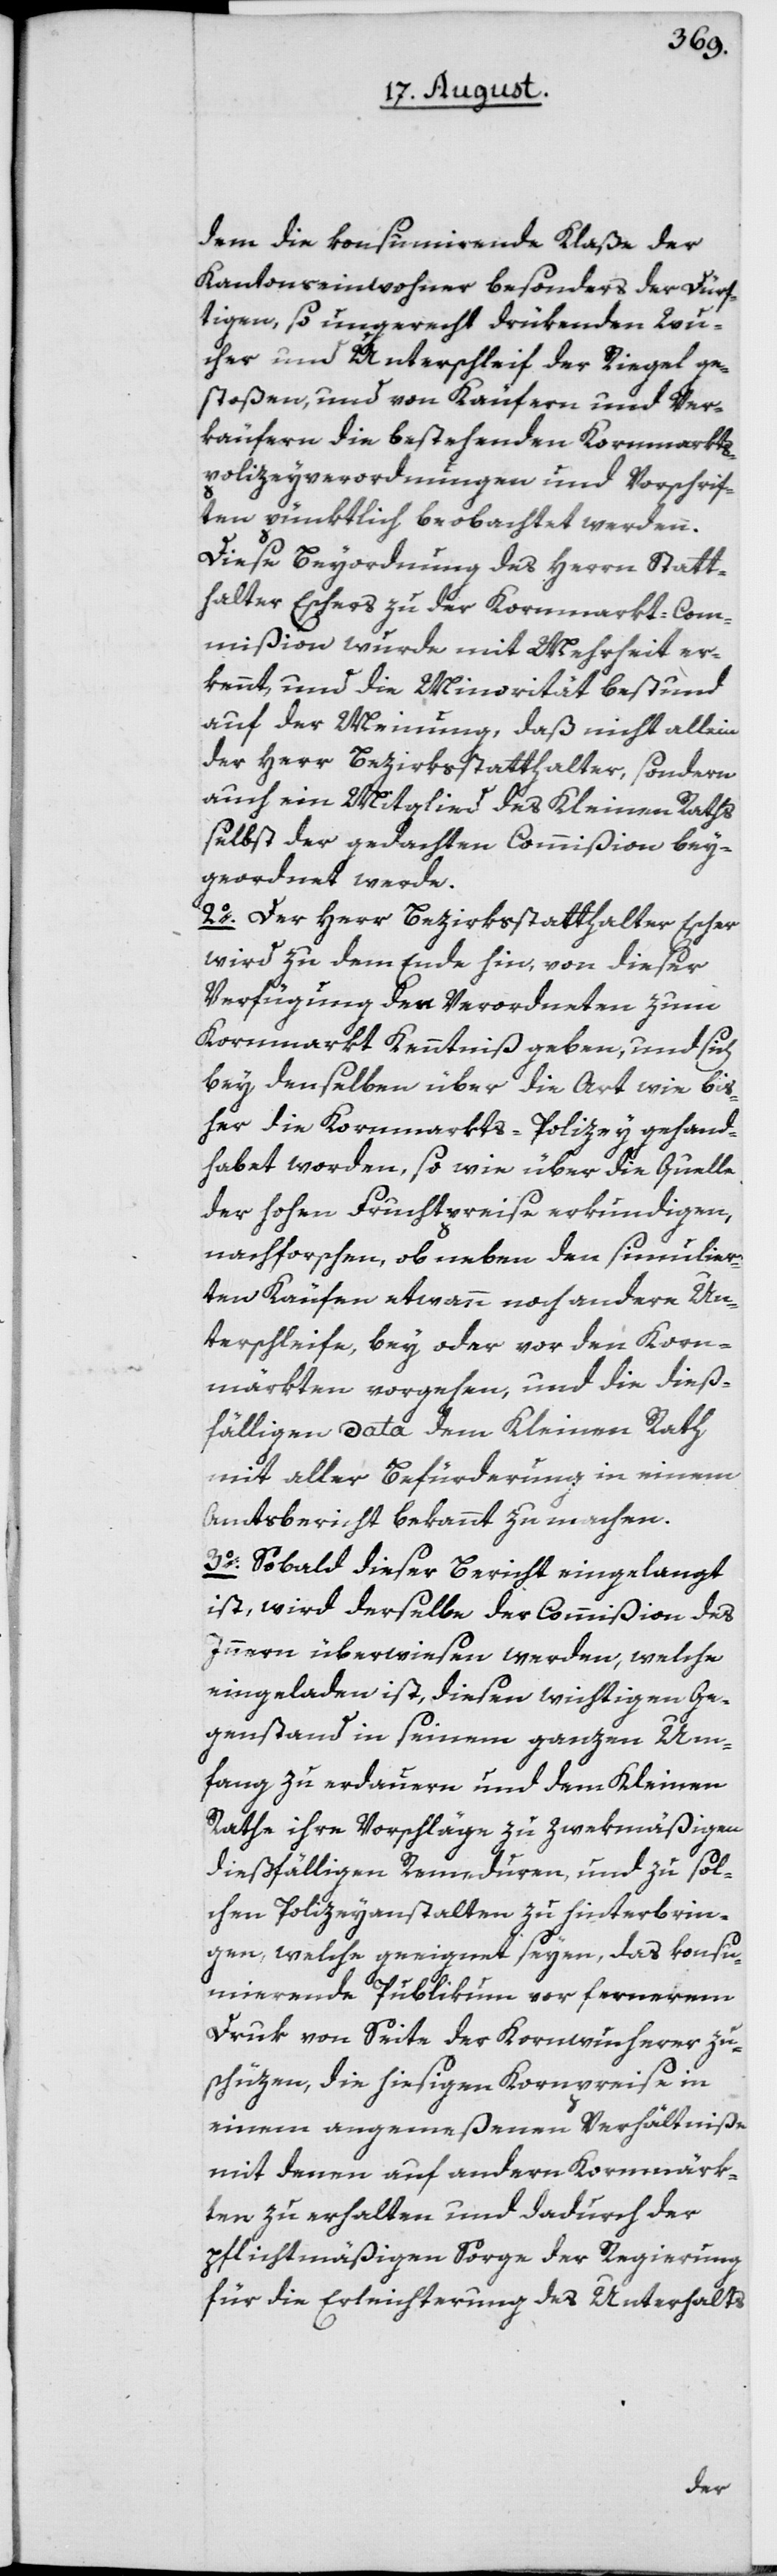
dem die konsumierende Klaße der
Kantonseinwohner besonders der Dürf¬
tigen, so ungerecht drükenden Wu¬
cher und Unterschleif der Riegel ge¬
stoßen, und von Käufern und Ver¬
käufern die bestehenden Kornmarkts¬
polizeyverordnungen und Vorschrif¬
ten pünktlich beobachtet werden.
Diese Beyordnung des Herrn Statt¬
halter Eschers zu der Kornmarkt-Com¬
mißion wurde mit Mehrheit er¬
kennt, und die Minorität bestund
auf der Meinung, daß nicht allein
der Herr Bezirksstatthalter, sondern
auch ein Mitglied des Kleinen Raths
selbst der gedachten Commißion bey¬
geordnet werde.
2o. Der Herr Bezirksstatthalter Escher
wird zu dem Ende hin, von dieser
Verfügung den Verordneten zum
Kornmarkt Kenntniß geben, und sich
bey denselben über die Art wie bis¬
her die Kornmarkts-Polizey gehand¬
habet worden, so wie über die Quelle
der hohen Fruchtpreise erkundigen,
nachforschen, ob neben den simulier¬
ten Käufen etwann noch andere Un¬
terschleife, bey oder vor den Korn¬
märkten vorgehen, und die dieß¬
fälligen Data dem Kleinen Rath
mit aller Befürderung in einem
Amtsbericht bekannt zu machen.
3o. Sobald dieser Bericht eingelangt
ist, wird derselbe der Commißion des
Innern überwiesen werden, welche
eingeladen ist, diesen wichtigen Ge¬
genstand in seinem ganzen Um¬
fang zu erdauern und dem Kleinen
Rathe ihre Vorschläge zu zwekmäßigen
dießfälligen Remeduren, und zu sol¬
chen Polizeyanstalten zu hinterbrin¬
gen, welche geeignet seyen, das konsu¬
mierende Publikum vor fernerem
Druk von Seite der Kornwucherer zu
schüzen, die hiesigen Kornpreise in
einem angemeßenen Verhältniße
mit denen auf andern Kornmärk¬
ten zu erhalten und dadurch der
pflichtmäßigen Sorge der Regierung
für die Erleichterung des Unterhalts